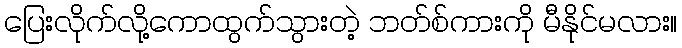
ပြေးလိုက်လို့ကောထွက်သွားတဲ့ ဘတ်စ်ကားကို မီနိုင်မလား။